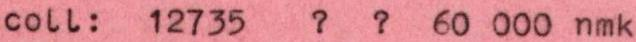
coll: 12735 ? ? 60 000 nmk